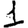
Digit: 1